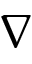
\nabla